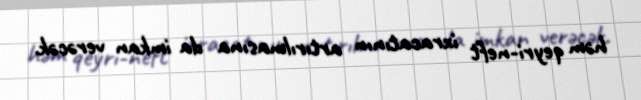
həm qeyri-neft ixracatının artırılmasına da imkan verəcək.